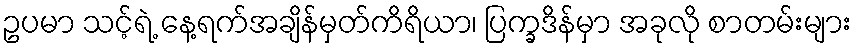
ဥပမာ သင့်ရဲ့ နေ့ရက်အချိန်မှတ်ကိရိယာ၊ ပြက္ခဒိန်မှာ အခုလို စာတမ်းများ